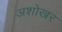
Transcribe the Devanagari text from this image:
अशोखर